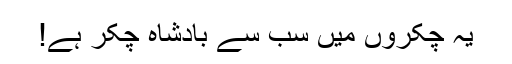
یہ چکّروں میں سب سے بادشاہ چکّر ہے!